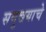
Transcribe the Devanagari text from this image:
समुच्चयाचे